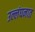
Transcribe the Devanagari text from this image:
उल्लंघनात